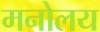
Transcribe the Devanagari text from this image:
मनोलय